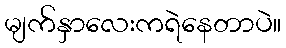
မျက်နှာလေးကရဲနေတာပဲ။